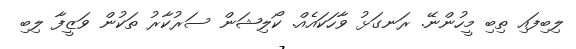
ލިބިފައި ތިބި މީހުންނޭ. ރަނގަޅު ވާހަކައެއް. ކޯލިޝަން ސަރުކާރު ތަކުން ވަޒީފާ ލިބި